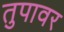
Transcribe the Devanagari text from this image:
तुपावर